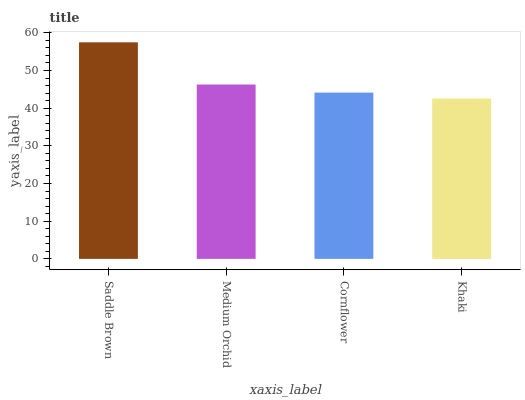
| xaxis_label | bars |
 | --- | --- |
 | Saddle Brown | 57.5 |
 | Medium Orchid | 46.3 |
 | Cornflower | 44.1 |
 | Khaki | 42.6 |